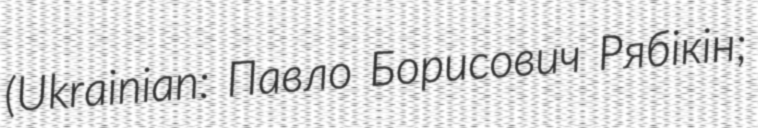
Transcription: (Ukrainian: Павло Борисович Рябікін;